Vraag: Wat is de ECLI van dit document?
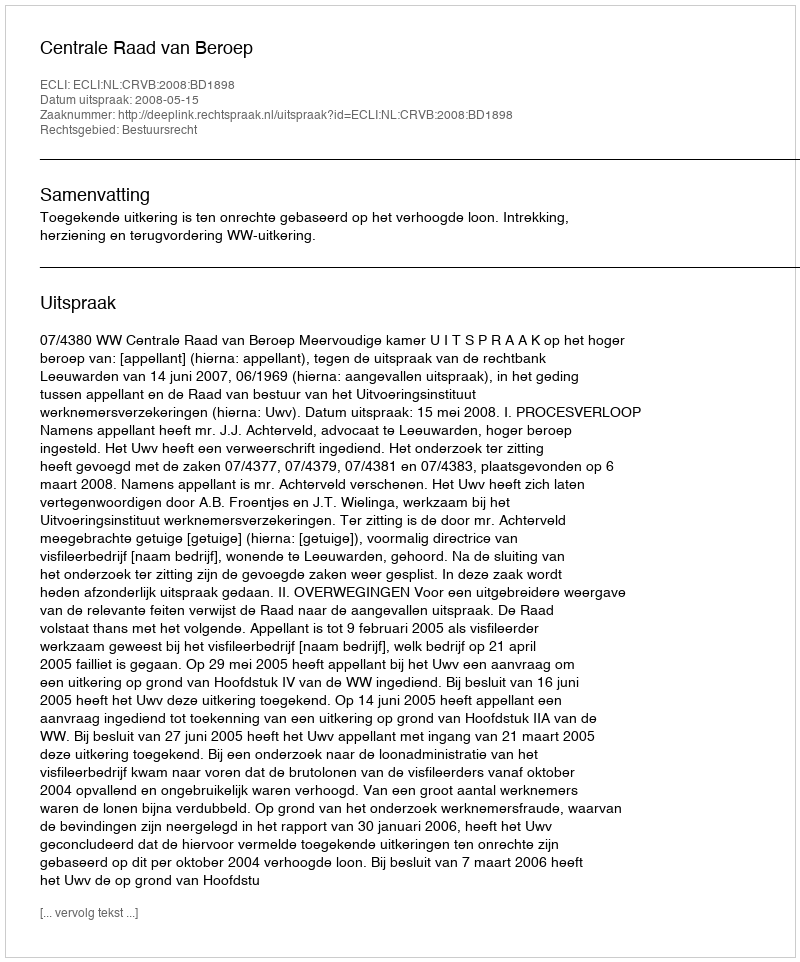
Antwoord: ECLI:NL:CRVB:2008:BD1898